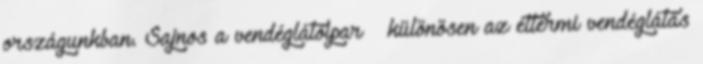
országunkban. Sajnos a vendéglátóipar – különösen az éttermi vendéglátás